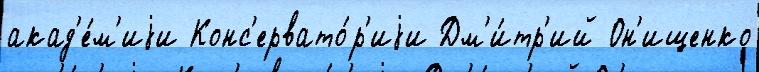
акад'е́м'иjи Конс'ервато́р'иjи Дм'и́тр'ий Он'ищенко